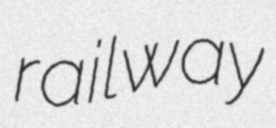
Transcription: railway